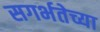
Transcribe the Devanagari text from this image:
सगर्भतेच्या